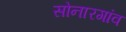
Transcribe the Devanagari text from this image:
सोनारगांव